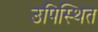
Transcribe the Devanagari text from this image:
उपिस्‍थित